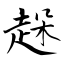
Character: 趓